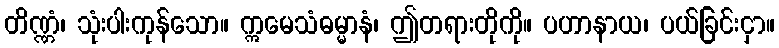
တိဏ္ဏံ၊ သုံးပါးကုန်သော။ ဣမေသံဓမ္မာနံ၊ ဤတရားတိုကို။ ပဟာနာယ၊ ပယ်ခြင်းငှာ။